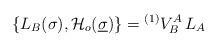
LaTeX: \begin{align*}\{L_B(\sigma),{\cal H}_{o}(\underline{\sigma})\}= {}^{(1)}V_B^A \, L_A\end{align*}